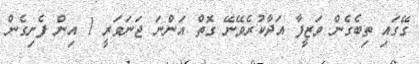
ގޭގައި ތިބެގެން ވަޒީފާ އަދާކުރެވޭނޭ ގޮތް އަންނަ ޖަނަވަރީ 1 އިން ފެށިގެން